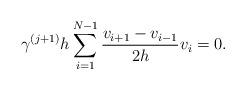
LaTeX: \begin{align*}\gamma^{(j + 1)}h\sum^{N - 1}_{i = 1} \frac{v_{i + 1} - v_{i - 1}}{2h}v_i = 0.\end{align*}